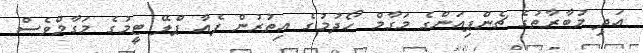
އަދި މުބާރާތުގެ ޗެންޕިއަންގެ މަގާމް ހޯދުމުގެ އިތުރުން ފެއާ ޕްލޭ ޓީމުގެ މަގާމްވެސް